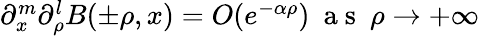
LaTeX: \begin{array}{r}{\partial_{x}^{m}\partial_{\rho}^{l}B(\pm\rho,x)=O(e^{-\alpha\rho})\ \mathrm{~a~s~}\ \rho\rightarrow+\infty}\end{array}